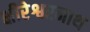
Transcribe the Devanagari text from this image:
क्षीरेश्वरनाथ